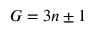
G = 3 n \pm 1